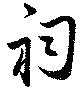
祠